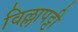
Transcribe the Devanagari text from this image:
विल्लापट्टी